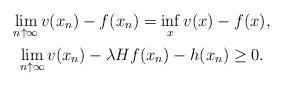
LaTeX: \begin{gather*}\lim_{n \uparrow \infty} v(x_n) - f(x_n) = \inf_x v(x) - f(x), \\\lim_{n \uparrow \infty} v(x_n) - \lambda Hf(x_n) - h(x_n) \geq 0.\end{gather*}